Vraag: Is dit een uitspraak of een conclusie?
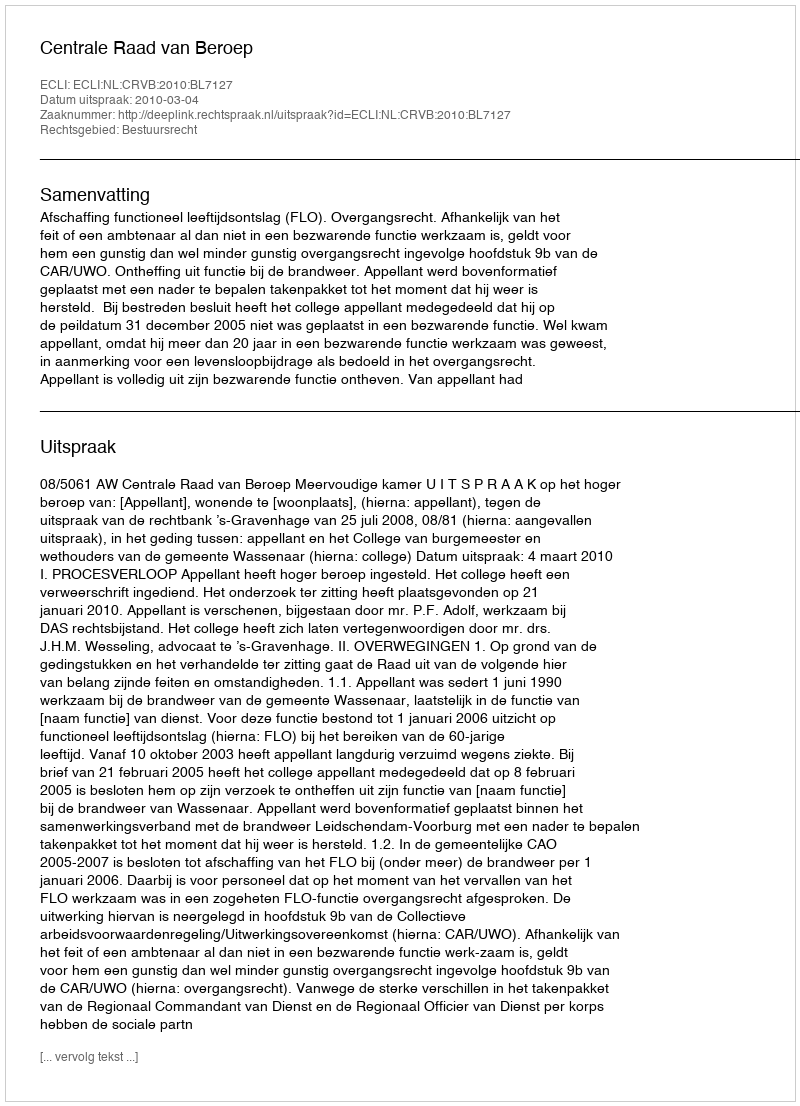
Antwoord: Uitspraak